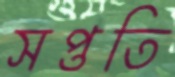
সপ্ততি